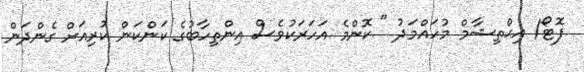
ފޮޓޯ/ އިޙްތިޝާމް މުހައްމަދު " ކޮންމެ އަހަރަކުވެސް އިންތިހާބުގެ ކަންކަން ކުރިއަށް ގެންދަން